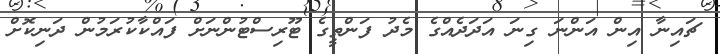
ޗައިނާ އިން އަންނަ ގިނަ އަދަދެއްގެ މެދު ފަންތީގެ ޓޫރިސްޓުންނަށް ފައްކާކުރަމުން ދަނިކޮށް